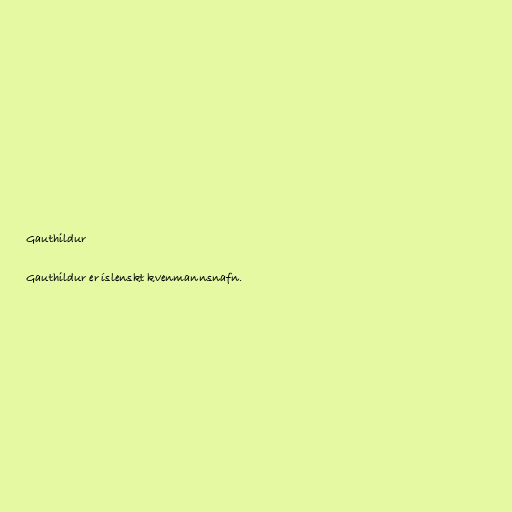
Gauthildur

Gauthildur er íslenskt kvenmannsnafn.